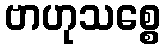
ဗာဟုသစ္စေ